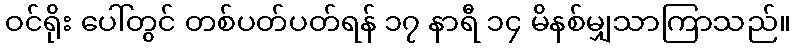
ဝင်ရိုး ပေါ်တွင် တစ်ပတ်ပတ်ရန် ၁၇ နာရီ ၁၄ မိနစ်မျှသာကြာသည်။